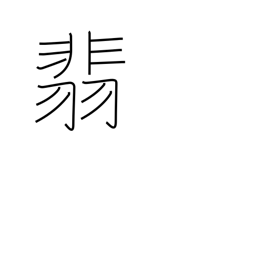
Meaning: kingfisher